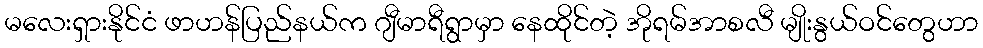
မလေးရှားနိုင်ငံ ဖာဟန်ပြည်နယ်က ဂျီမာရီရွာမှာ နေထိုင်တဲ့ အိုရမ်အာစလီ မျိုးနွယ်ဝင်တွေဟာ